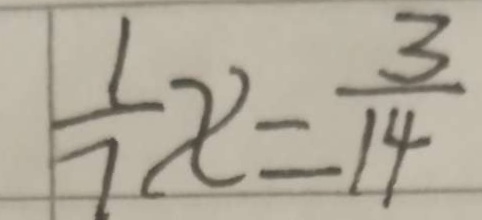
\frac { 1 } { 7 } x = \frac { 3 } { 1 4 }